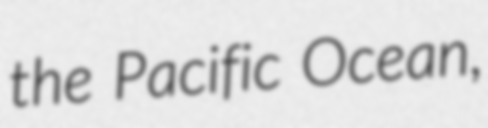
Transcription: the Pacific Ocean,